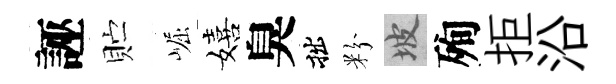
誣贮崛嬉臭拙粉坡殉拒沿